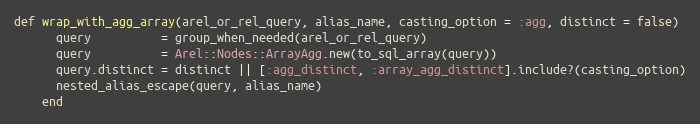
Language: Ruby
def wrap_with_agg_array(arel_or_rel_query, alias_name, casting_option = :agg, distinct = false)
      query          = group_when_needed(arel_or_rel_query)
      query          = Arel::Nodes::ArrayAgg.new(to_sql_array(query))
      query.distinct = distinct || [:agg_distinct, :array_agg_distinct].include?(casting_option)
      nested_alias_escape(query, alias_name)
    end